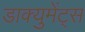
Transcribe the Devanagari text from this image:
डाक्युमेंट्स